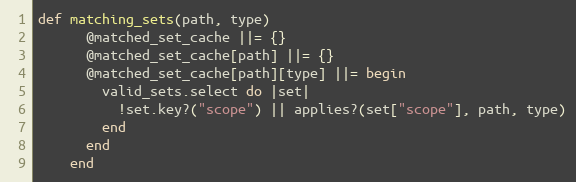
Language: Ruby
def matching_sets(path, type)
      @matched_set_cache ||= {}
      @matched_set_cache[path] ||= {}
      @matched_set_cache[path][type] ||= begin
        valid_sets.select do |set|
          !set.key?("scope") || applies?(set["scope"], path, type)
        end
      end
    end